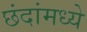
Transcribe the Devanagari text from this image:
छंदांमध्ये